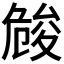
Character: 𠨢